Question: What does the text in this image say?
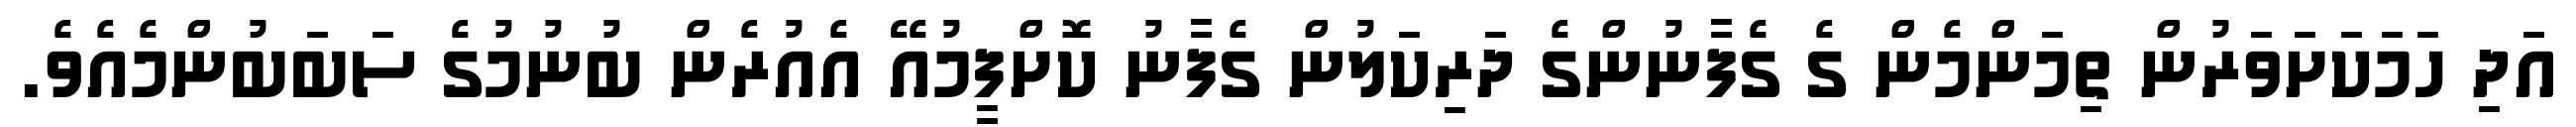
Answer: އަދި ހަމަކަށަވަރުން ތިމަންމެން ގެ ގެފާނުންގެ ދަރިކަލުން ގެފާނު ކޮށްފީމުއޭ އެއުރެން ބުނުމުގެ ސަބަބުންމެއެވެ.